Report on vaccination in Madras 1904-1921 - 1904-1921
Year: 1904
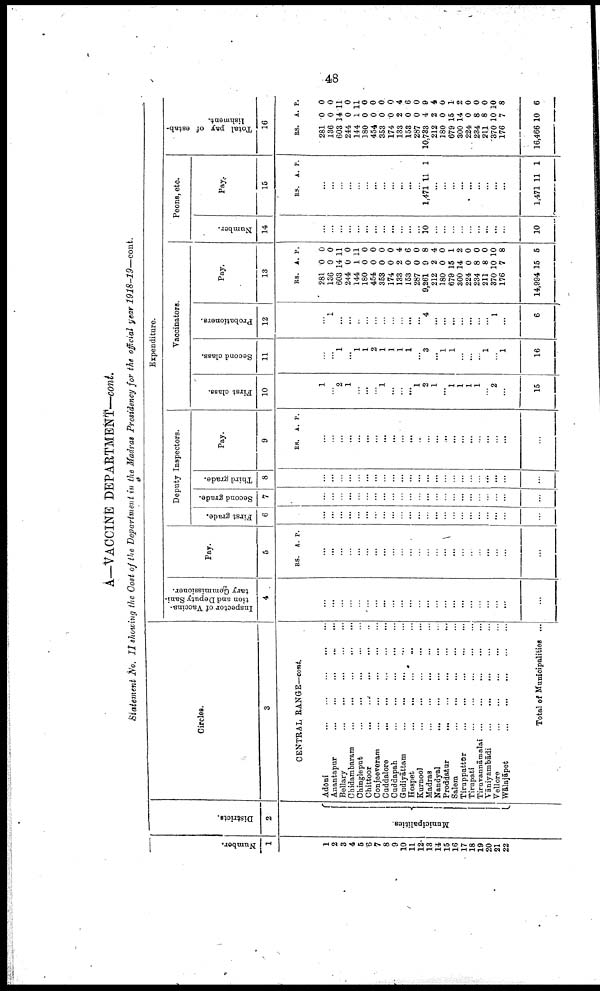
48
A—VACCINE DEPARTMENT—cont.
Statement No. II showing the Cost of the Department in the Madras Presidency for the official year 1918-19—cont.
Number.
1
1
2
3
4
5
6
7
8
9
10
11
12
13
14
15
16
17
18
19
20 21
22
Districts.
2
Municipalities.
Circles.
3
CENTRAL RANGE—cont.
Adōni
...
...
...
...
...
Anantapur
...
...
...
...
...
Bellary
...
...
...
...
...
Chidambaram
...
...
...
...
...
Chingleput
...
...
...
...
...
Chittoor ... ... ... ... ...
Conjeeveram
...
...
...
...
...
Cuddalore ... ... ... ... ...
Cuddapah
...
...
...
...
...
Gudiyāttam
...
...
...
...
...
Hospet
...
...
...
...
...
Kurnool
...
...
...
...
...
Madras
...
...
...
...
...
Nandyal
...
...
...
...
...
Proddatur
...
...
...
...
...
Salem
...
...
...
...
...
Tiruppattūr ... ... ... ... ...
Tirupati
...
...
...
...
...
Tiruvannāmalai
...
...
...
...
...
Tāniyambādi
...
...
...
... ...
Vellore
...
...
...
...
...
Wālajāpet
...
...
...
...
...
Total of Municipalities ...
Expenditure.
Inspector of Vaccina¬
tion and Deputy Sani
tary Commissioner.
4
...
...
...
...
...
...
...
...
...
...
...
...
...
...
...
...
...
...
...
...
...
...
...
Pay.
5
RS. A. P.
...
...
...
...
...
...
...
...
...
...
...
...
...
...
...
...
...
...
...
...
...
...
...
Deputy Inspectors.
First grade.
6
...
...
...
...
...
...
...
...
...
...
...
...
...
...
...
...
...
...
...
...
...
...
...
Second grade.
7
...
...
...
...
...
...
...
...
...
...
...
...
...
...
...
...
...
...
...
...
...
...
...
Third grade.
8
...
...
...
...
...
...
...
...
...
...
...
...
...
...
...
...
...
...
...
...
...
...
...
Pay.
9
RS. A. P.
...
...
...
...
...
...
...
...
...
...
...
...
...
...
...
...
...
...
...
...
...
...
...
Vaccinators.
First class.
10
1
...
2
1
...
...
...
1
...
...
...
1
2
1
...
1
1
1
1
...
2
...
15
Second class.
11
...
...
1
...
1
1
2
1
1
1
1
...
3
...
1
1
...
...
...
1
...
1
16
Probationers.
12
...
1
...
...
...
...
...
...
...
...
...
...
4
...
...
...
...
...
...
...
1
...
6
Pay.
13
RS.
281
136
603
244
144
180
454
353
174
133
153
287
9,261
212
180
679
300
224
234
211
370
176
14,994
A.
0
0
14
0
1
0
0
0
0
2
0
0
9
2
0
15
14
0
8
8
10
7
15
P.
0
0
11
0
11
0
0
0
0
4
6
0
8
4
0
1
2
0
0
0
10
8
5
Peons, etc.
Number.
14
...
...
...
...
...
...
...
...
...
...
...
...
10
...
...
...
...
...
...
...
...
...
10
Pay.
15
RS. A. P.
...
...
...
...
...
...
...
...
...
...
...
...
1,471 11 1
...
...
...
...
...
...
...
...
...
1,471 11 1
Total pay of estab
lishment.
16
RS.
281
136
603
244
144
180
454
353
174
133
153
287
10,733
212
180
679
300
224
234
211
370
176
16,466
A.
0
0
14
0
1
0
0
0
0
2
0
0
4
2
0
15
14
0
8
8
10
7
10
P.
0
0
11
0
11
0
0
0
0
4
6
0
9
4
0
1
2
0
0
0
10
8
6